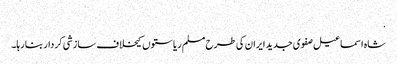
.
شاہ اسماعیل صفوی جدید ایران کی طرح مسلم ریاستوں کیخلاف سازشی کردار بنا رہا۔